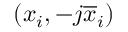
( x _ { i } , - j \overline { { x } } _ { i } )